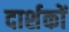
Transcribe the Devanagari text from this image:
दार्शकों